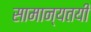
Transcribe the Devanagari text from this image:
सामान्यतयी